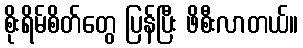
စိုးရိမ်စိတ်တွေ ပြန်ပြီး ဖိစီးလာတယ်။